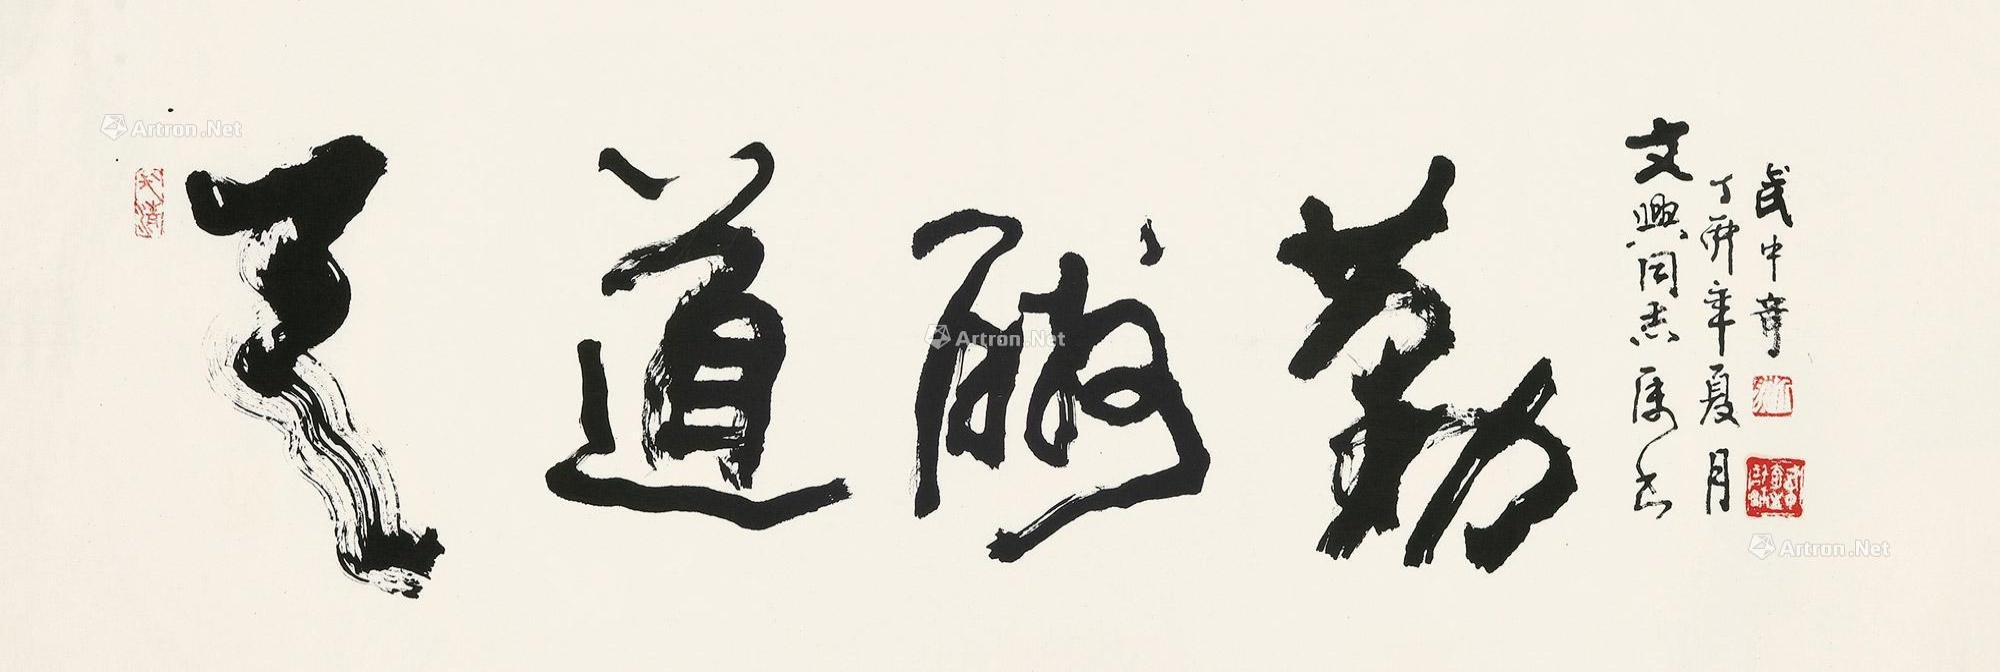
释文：天道酬勤。文兴同志属书。丁卯（1987）年夏月，武中奇。